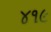
૪૧૯